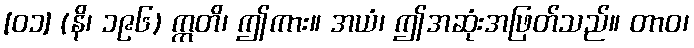
[၀၁] (နိ၊ ၁၉၆) ဣတိ၊ ဤကား။ အယံ၊ ဤအဆုံးအဖြတ်သည်။ တာဝ၊